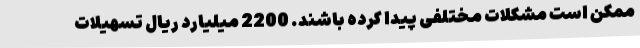
ممکن است مشکلات مختلفی پیدا کرده باشند. 2200 میلیارد ریال تسهیلات